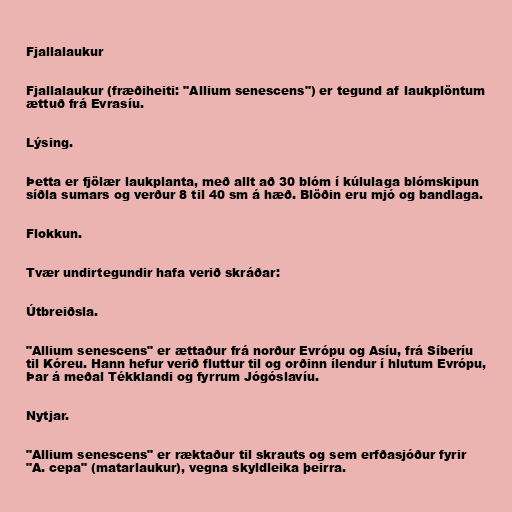
Fjallalaukur

Fjallalaukur (fræðiheiti: "Allium senescens") er tegund af laukplöntum
ættuð frá Evrasíu.

Lýsing.

Þetta er fjölær laukplanta, með allt að 30 blóm í kúlulaga blómskipun
síðla sumars og verður 8 til 40 sm á hæð. Blöðin eru mjó og bandlaga.

Flokkun.

Tvær undirtegundir hafa verið skráðar:

Útbreiðsla.

"Allium senescens" er ættaður frá norður Evrópu og Asíu, frá Síberíu
til Kóreu. Hann hefur verið fluttur til og orðinn ílendur í hlutum Evrópu,
Þar á meðal Tékklandi og fyrrum Jógóslavíu.

Nytjar.

"Allium senescens" er ræktaður til skrauts og sem erfðasjóður fyrir
"A. cepa" (matarlaukur), vegna skyldleika þeirra.